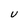
Character: U